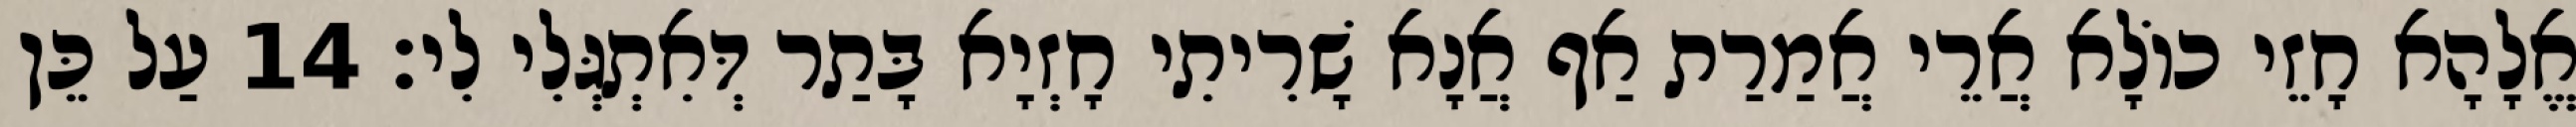
אֱלָהָא חָזֵי כוֹלָא אֲרֵי אֲמַרַת אַף אֲנָא שָׁרִיתִי חָזְיָא בָּתַר דְּאִתְגְּלִי לִי׃ 14 עַל כֵּן